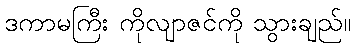
ဒကာမကြီး ကိုလျာဇင်ကို သွားချည်။